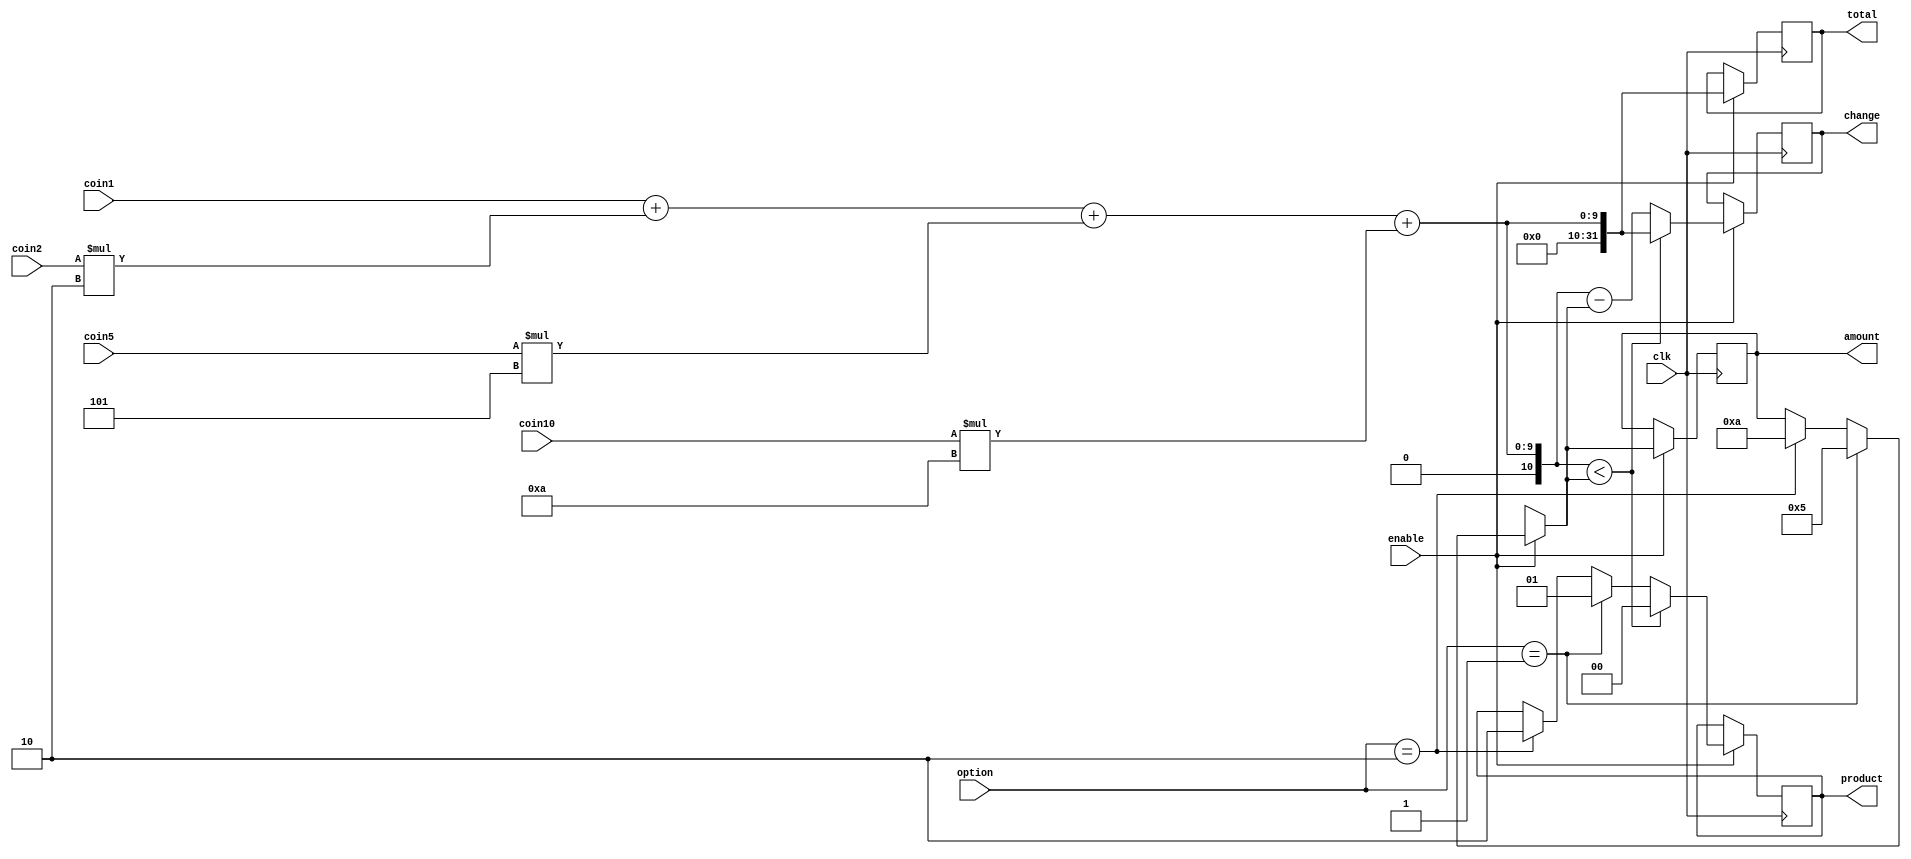
`timescale 1ns / 1ps

module vending_machine(clk,change,amount,total,product,enable,option,coin1,coin2,coin5,coin10);
input clk;
input [1:0]option;
input enable;
input [4:0]coin1,coin2,coin5,coin10;
output integer change=0;
output integer total=0;
output integer amount=0;
output reg [1:0]product=0;

always @(posedge clk)
begin 
   //if enable is 1 then the vending machine is turned on. 
	if(enable)
	begin
		$display ("******************Welcome to vending machine******************************");
		$display ("Option\t Available items\t\t price");
		$display ("1\t Tea\t\t  Rs.5");
		$display ("0\t Coffee\t\t  Rs.10");
		$display ("******************************************************************************");

		$display ("########################   Insert coins  ############################");   
	   //if option selected is 1 
		if(option == 1)
		 begin
			amount = 5;
			$display ("Price of Tea : %d",amount);
			product = 2'b 01;
		 end
		 
		//if option selected is 2 
		else if(option == 2)
		  begin
			amount = 10;
			$display ("Price of Coffee: %d",amount);    
			product = 2'b 10;
		  end
		  
		 // Invalid option input
		 else 
			$display("Please enter the valid option");
		//total amount given is stored in total variable
		total = (coin1 + (coin2 * 2) + (coin5 * 5) + (coin10 * 10));
		$display ("Total amount paid: %d",total);
		
		//if total is less than the actual amount.
		if(total < amount)
			begin
				$display ("Money shortage by: %d",amount-total);
				change = total;
				product = 0;
				$display ("Please collect the remaining amount : %d",change);  
			end
			
		//if total is equal or more than the actual amount
		else
			begin
				change = total - amount;
				//if option selected is 1 than present tea
				if(option==1)
					$display ("****************** Your tea is ready ******************************");
					
				//if option selected is 2 than present coffee
				else if(option==2)
					$display ("****************** Your coffee is ready ******************************");
				
				$display ("Please collect the remaining amount : %d",change);  
			end
		$display("****************** (: Visit Again :) ******************************");
	end
	else
		$display("****************** Vending machine is down ******************************");
end//end always
endmodule//end module